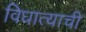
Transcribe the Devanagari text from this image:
विधात्याची